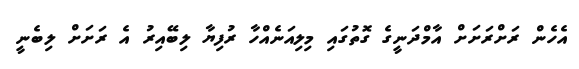
އެހެން ރަށްރަށަށް އާމްދަނީގެ ގޮތުގައި މިލިއަނެއްހާ ރުފިޔާ ލިބޭއިރު އެ ރަށަށް ލިބެނީ